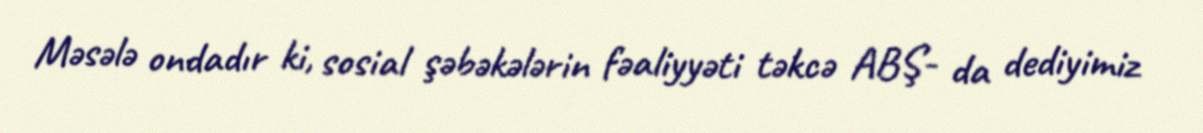
Məsələ ondadır ki, sosial şəbəkələrin fəaliyyəti təkcə ABŞ- da dediyimiz